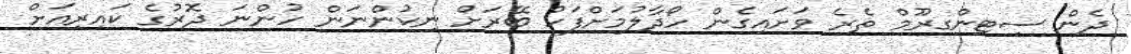
ދެން ސިޓިންގރޫމް ތެރެ ވަށައިގެން ހޯދާލުމަށްފަހު ބޭރަށް ނިކުންނަން ހުންނަ ދޮރުގެ ކައިރިއަށް